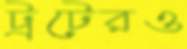
ট্রটেরও